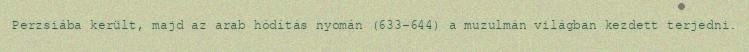
Perzsiába került, majd az arab hódítás nyomán (633–644) a muzulmán világban kezdett terjedni.